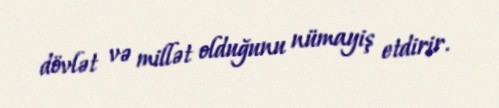
dövlət və millət olduğunu nümayiş etdirir.